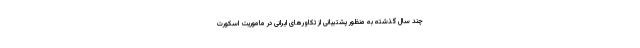
چند سال گذشته به منظور پشتیبانی از تکاورهای ایرانی در ماموریت اسکورت